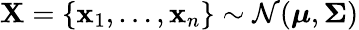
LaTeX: \mathbf{X}=\{ \mathbf{x}_{1},\dots,\mathbf{x}_{n}\} \sim{\mathcal{N}}({\boldsymbol{\mu}},{\boldsymbol{\Sigma}})